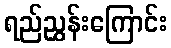
ရည်ညွှန်းကြောင်း